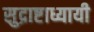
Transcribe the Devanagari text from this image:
सुद्राष्टाध्यायी